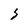
Character: S